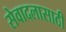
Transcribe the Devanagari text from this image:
सेवादलासाठी